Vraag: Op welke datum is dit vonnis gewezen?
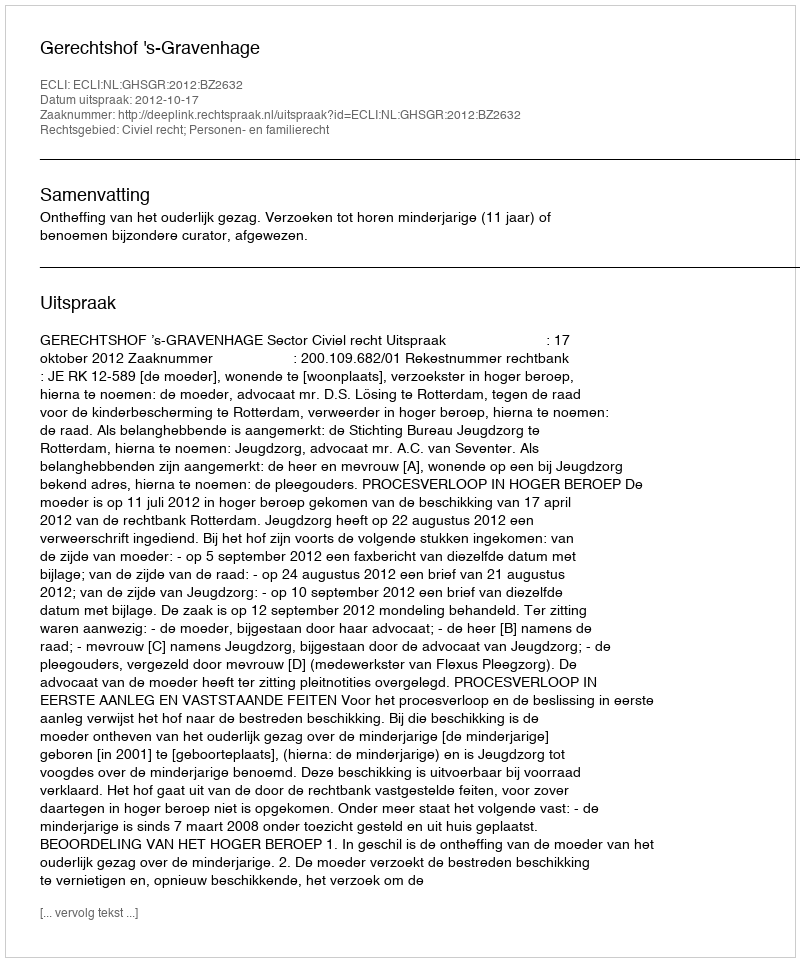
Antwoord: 2012-10-17